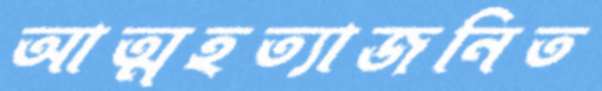
আত্মহত্যাজনিত